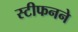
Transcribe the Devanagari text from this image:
स्टीफनने